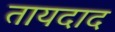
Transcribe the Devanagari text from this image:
तायदाद